Petseri_perekonnanimede_kartoteek, lk 9
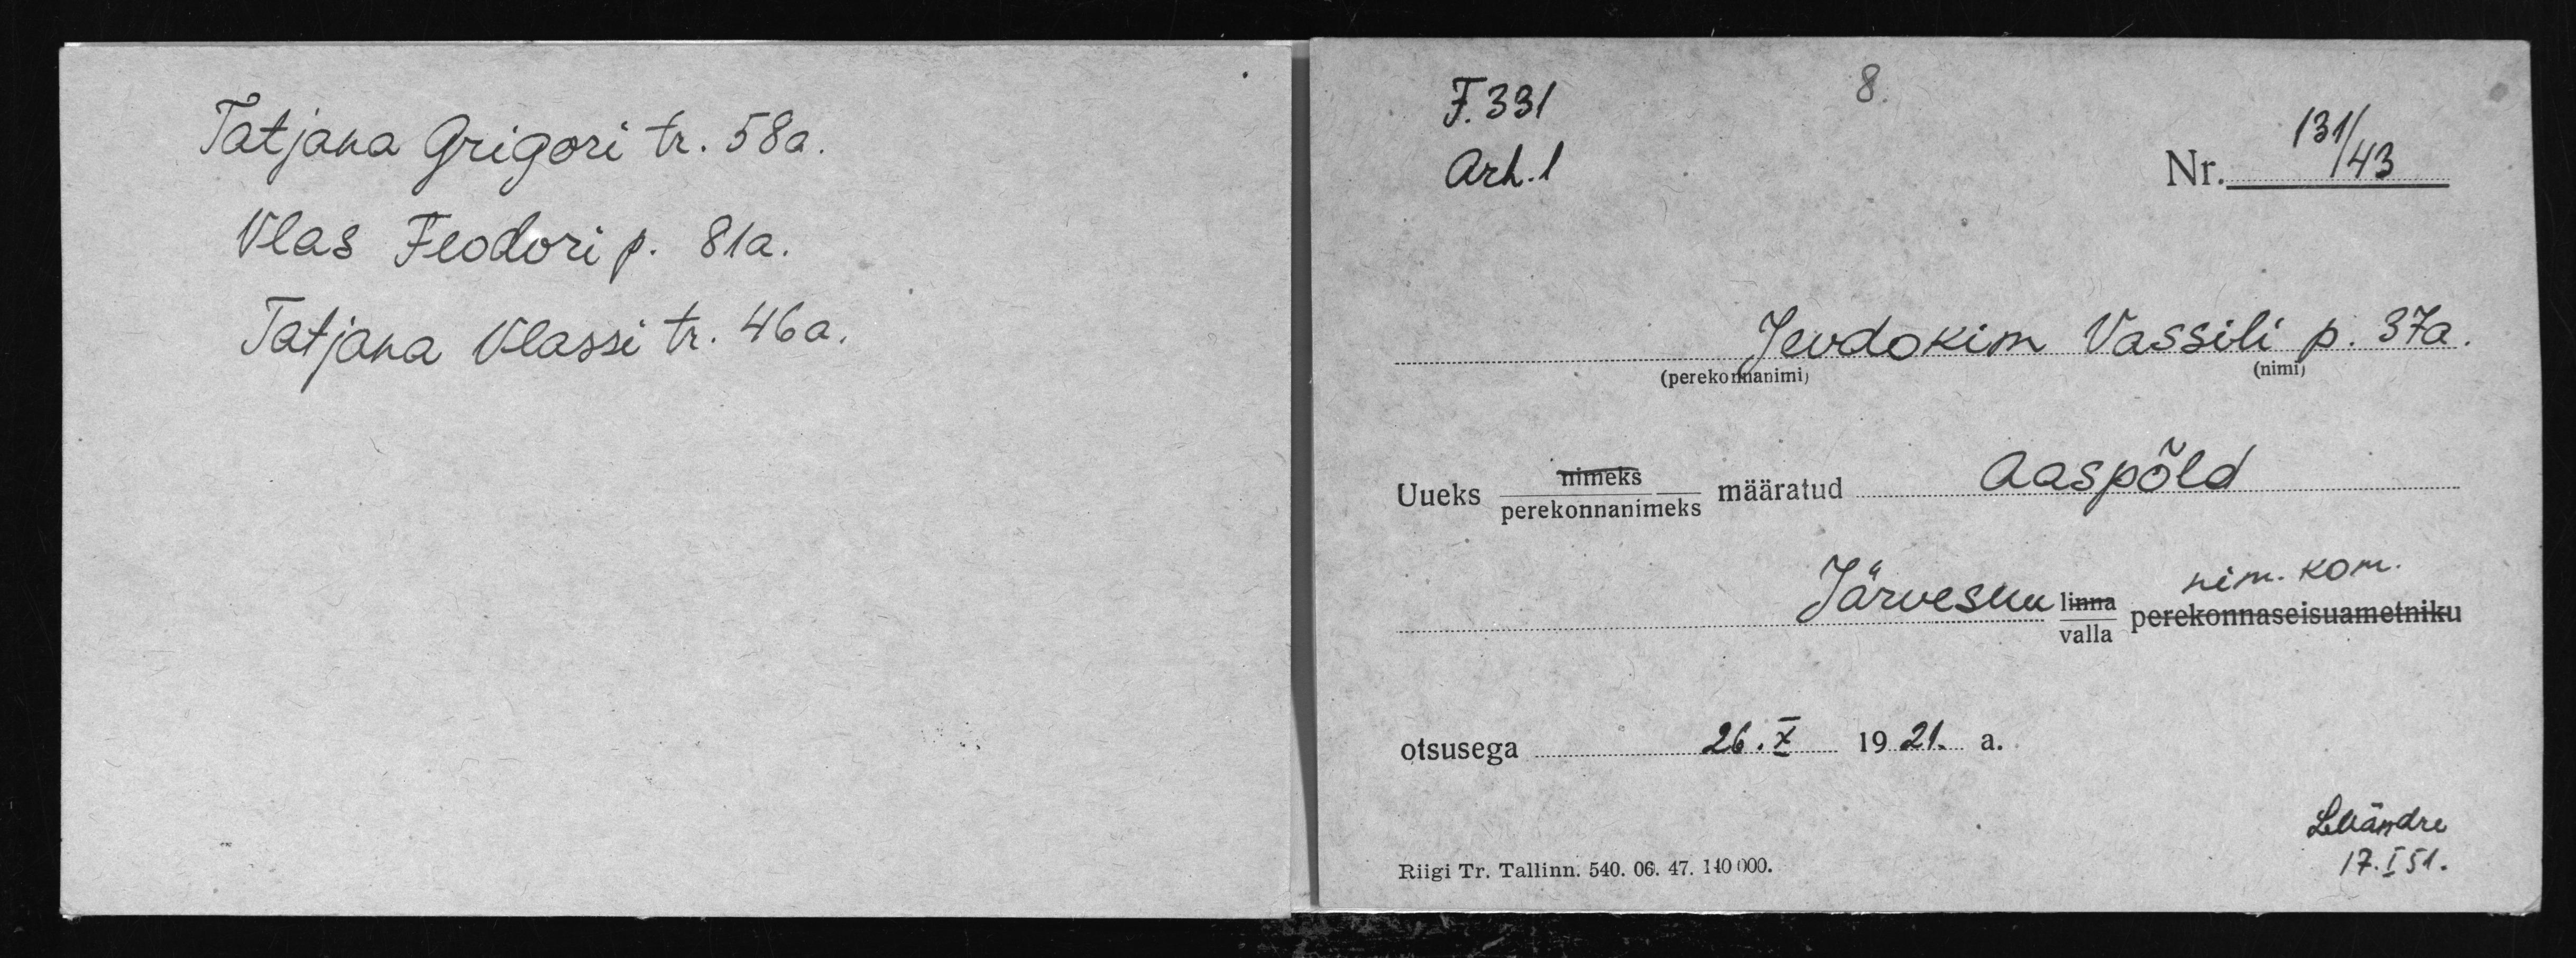
Tatjana Grigori tr. 58a.
Vlas Feodori p. 81a.
Tatjana Vlassi tr. 46 a.

F.331
Nr. 131/43
Arh.1
Jevdokion Vassili p. 37a
Aaspõld
Uueks perekonnanimeks määratud
nim. kom.
Järvesuu valla perekonnaseisuametniku
26.X.1921 a.
otsusega.
LMändre
17.I 51.
Riigi Tr. Tallinn. 540. 06. 47. 140000.